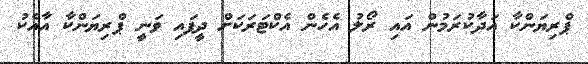
ޕްރިޔަންކާ އަދާކުރަމުން އައި ރޯލު އެހެން އެކްޓަރަކަށް ދީފައި ވަނީ ޕްރިޔަންކާ އާއެކު